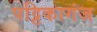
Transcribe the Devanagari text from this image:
पट्टिकागंज